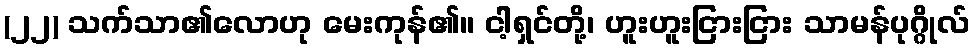
(၂၂) သက်သာ၏လောဟု မေးကုန်၏။ ငါ့ရှင်တို့၊ ဟူးဟူးငြားငြား သာမန်ပုဂ္ဂိုလ်